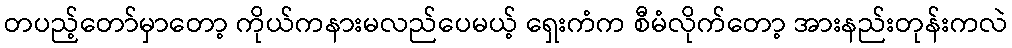
တပည့်တော်မှာတော့ ကိုယ်ကနားမလည်ပေမယ့် ရှေးကံက စီမံလိုက်တော့ အားနည်းတုန်းကလဲ